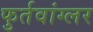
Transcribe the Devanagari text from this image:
फुर्तवांग्लर